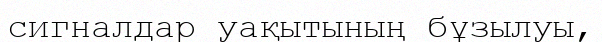
сигналдар уақытының бұзылуы,